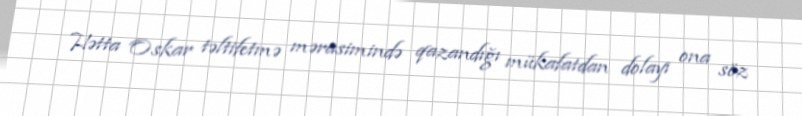
Hətta Oskar təltifetmə mərasimində qazandığı mükafatdan dolayı ona söz